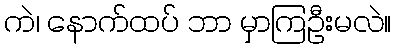
ကဲ၊ နောက်ထပ် ဘာ မှာကြဦးမလဲ။